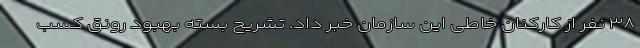
۳۸ نفر از کارکنان خاطی این سازمان خبر داد. تشریح بسته بهبود رونق کسب